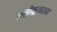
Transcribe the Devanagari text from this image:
क़लीक़ुतबशाह